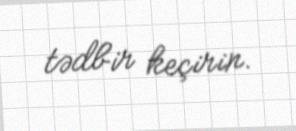
tədbir keçirin.